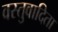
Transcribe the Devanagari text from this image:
वस्तुवादिता